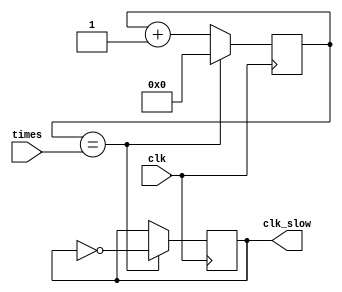
module FrequencyDivider(output reg clk_slow, input [31:0]times, input clk);

reg [31:0]counter;

initial 
begin
	clk_slow <= 0;
	counter <= 0;
end

always @ (negedge clk)
begin
	counter <= counter + 1;
	if(counter == times)
		begin
				counter <= 0;
				clk_slow <= ~clk_slow;
		end
end

endmodule